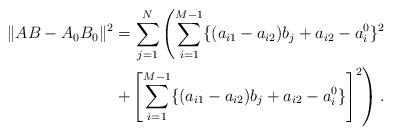
LaTeX: \begin{align*}\lVert AB-A_0B_0 \rVert^2 &= \sum_{j=1}^N \left( \sum_{i=1}^{M-1} \{(a_{i1}-a_{i2})b_j +a_{i2}-a^0_i\}^2 \right. \\&\left. + \left[ \sum_{i=1}^{M-1} \{(a_{i1}-a_{i2})b_j +a_{i2}-a^0_i\} \right]^2 \right).\end{align*}